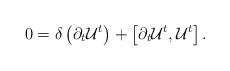
LaTeX: \begin{align*}0 = \delta\left(\partial_t \mathcal U^t\right) + \left[\partial_t \mathcal U^t, \mathcal U^t\right].\end{align*}